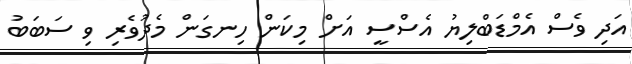
އަދި ވެސް އެމްޑަބްލިޔު އެސްސީ އަށް މިކަން ހިނގަން މެދުވެރި ވި ސަބަބު